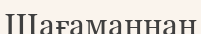
Шағаманнан